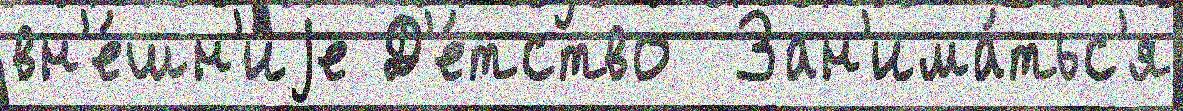
вн'е́шн'иjе Д'е́тство  Зан'има́тьс'я